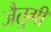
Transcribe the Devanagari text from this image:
जैतुगी